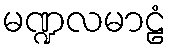
မဏ္ဍလမာဠံ